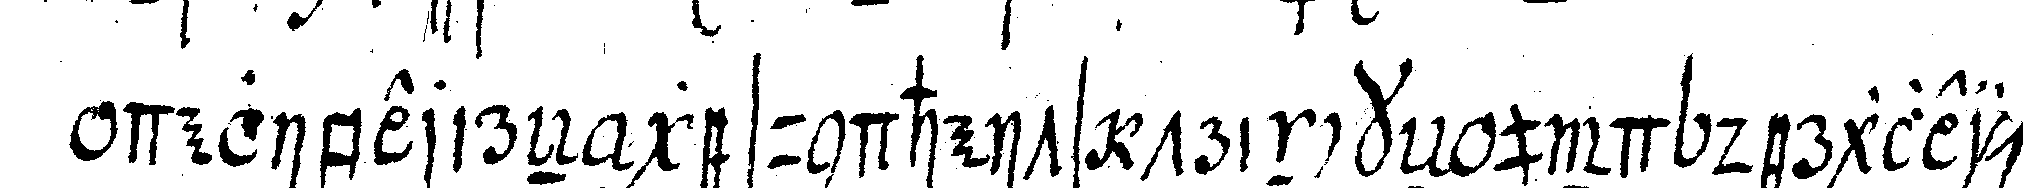
deliberireN gesundheits trinckeN und dergleicheN